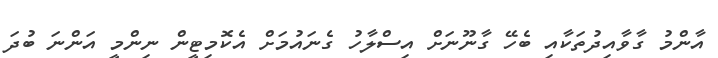
އާންމު ގާވާއިދުތަކާއި ބެހޭ ގާނޫނަށް އިސްލާހު ގެނައުމަށް އެކޮމިޓީން ނިންމީ އަންނަ ބުދަ